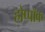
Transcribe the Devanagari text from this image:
होप्पॉक